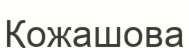
Қожашова